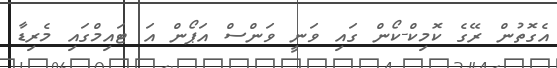
އެގޮތުން ރޭގެ ކޮމިކް-ކޯން ގައި ވަނީ ވަންސް އަޕޯން އަ ޓައިމްގައި މެރިޑާ